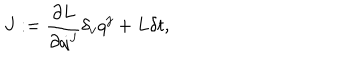
LaTeX: { J } : = \frac { \partial { L } } { \partial \dot { q } ^ { j } } \delta _ { v } q ^ { j } + { L } \delta t ,